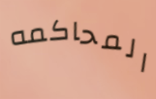
المحاكمه